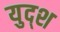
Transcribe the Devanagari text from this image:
युद्श